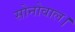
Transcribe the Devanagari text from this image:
सोनोवाल।